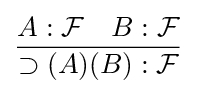
{\frac {A:{\mathcal {F}}\quad B:{\mathcal {F}}}{\supset (A)(B):{\mathcal {F}}}}